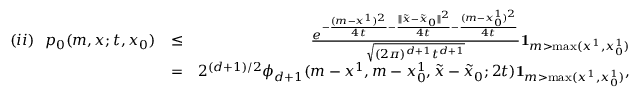
\begin{array} { r l r } { ( i i ) ~ ~ p _ { 0 } ( m , x ; t , x _ { 0 } ) } & { \leq } & { \frac { e ^ { - \frac { ( m - x ^ { 1 } ) ^ { 2 } } { 4 t } - \frac { \| \tilde { x } - \tilde { x } _ { 0 } \| ^ { 2 } } { 4 t } { - \frac { ( m - x _ { 0 } ^ { 1 } ) ^ { 2 } } { 4 t } } } } { \sqrt { ( 2 \pi ) ^ { d + 1 } t ^ { d + 1 } } } { \mathbf 1 } _ { m > \operatorname* { m a x } ( x ^ { 1 } , x _ { 0 } ^ { 1 } ) } } \\ & { = } & { 2 ^ { ( d + 1 ) / 2 } \phi _ { d + 1 } ( m - x ^ { 1 } , m - x _ { 0 } ^ { 1 } , \tilde { x } - \tilde { x } _ { 0 } ; 2 t ) { \mathbf 1 } _ { m > \operatorname* { m a x } ( x ^ { 1 } , x _ { 0 } ^ { 1 } ) } , } \end{array}